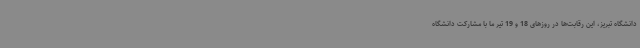
دانشگاه تبریز، این رقابت‌ها در روزهای 18 و 19 تیر ما با مشارکت دانشگاه